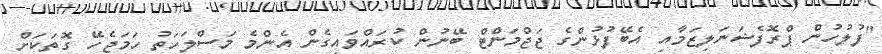
"ފުލުހުން ޕްރޮފެޝަނަލިޒަމާއި އެބޭފުޅުންގެ ޖަޖްމަންޓް ބޭނުން ކުރައްވައިގެން އެންމެ މަސްލަހަތު ހަމަޖެހޭ ގޮތަކަށް